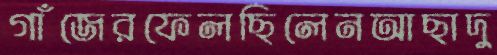
গাঁজেরফেলছিলেনআছাদু